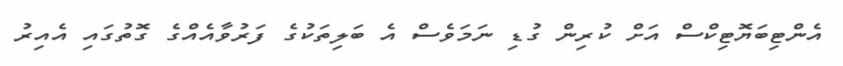
އެންޓިބަޔޮޓިކްސް އަށް ކުރިން ގުޑި ނަމަވެސް އެ ބަލިތަކުގެ ފަރުވާއެއްގެ ގޮތުގައި އެއިރު